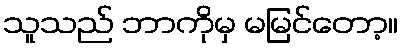
သူသည် ဘာကိုမှ မမြင်တော့။